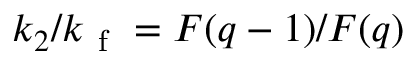
k _ { 2 } / k _ { \mathrm { ~ f ~ } } = F ( q - 1 ) / F ( q )